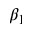
\beta _ { 1 }